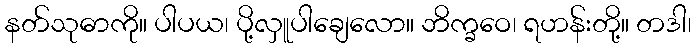
နတ်သုဓာကို။ ပါပယ၊ ပို့လှူပါချေလော။ ဘိက္ခဝေ၊ ရဟန်းတို့။ တဒါ၊